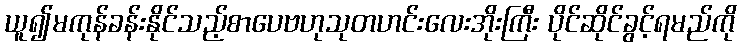
ယူ၍မကုန်ခန်းနိုင်သည့်စာပေဗဟုသုတဟင်းလေးအိုးကြီး ပိုင်ဆိုင်ခွင့်ရမည်ကို